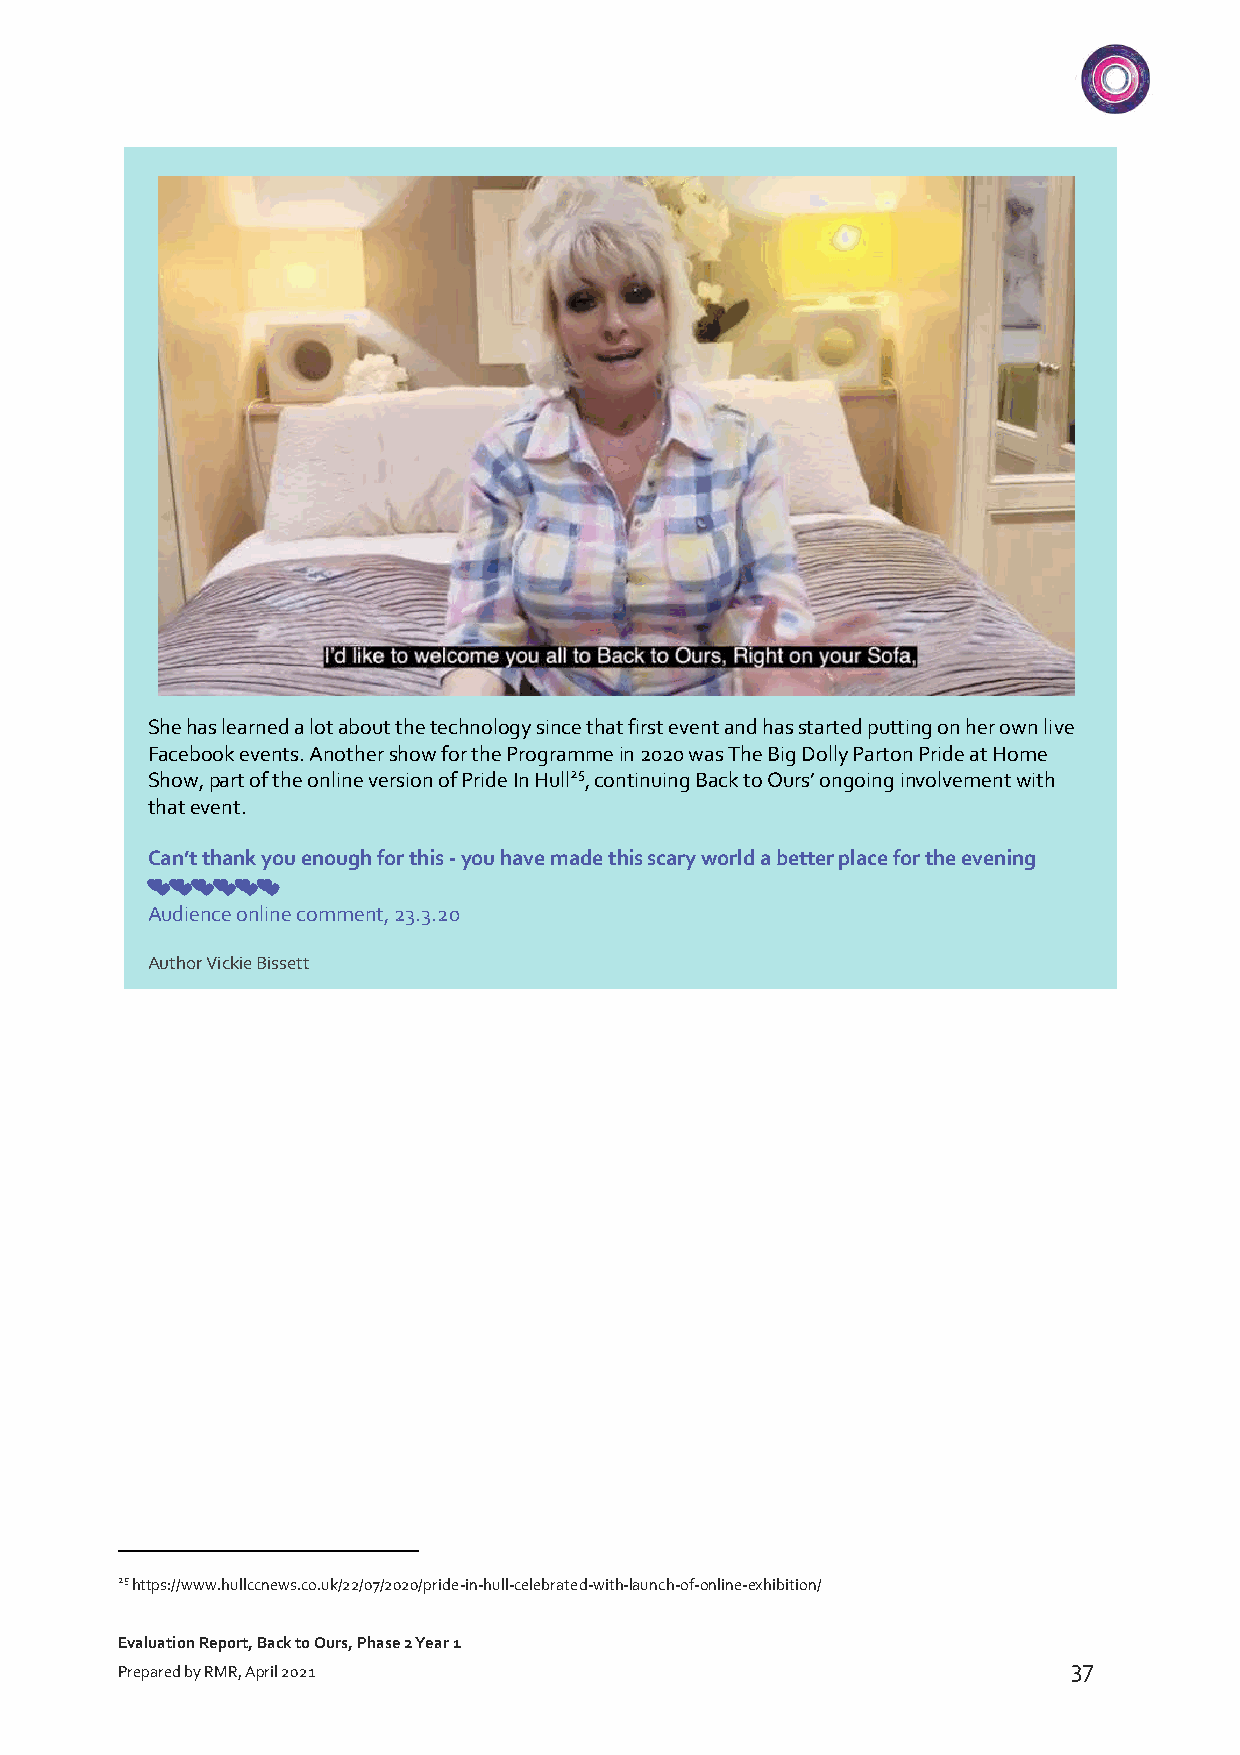
She has learned a lot about the technology since that first event and has started putting on her own live
 Facebook events. Another show for the Programme in 2020 was The Big Dolly Parton Pride at Home
 Show, part of the online version of Pride In Hull25, continuing Back to Ours’ ongoing involvement with
 that event.
 Can’t thank you enough for this - you have made this scary world a better place for the evening
 !!!!!!
 Audience online comment, 23.3.20
 Author Vickie Bissett
 25 https://www.hullccnews.co.uk/22/07/2020/pride-in-hull-celebrated-with-launch-of-online-exhibition/
 Evaluation Report, Back to Ours, Phase 2 Year 1
 37
 Prepared by RMR, April 2021